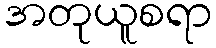
အတုယူစရာ